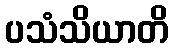
ပသံသိယာတိ